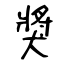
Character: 獎